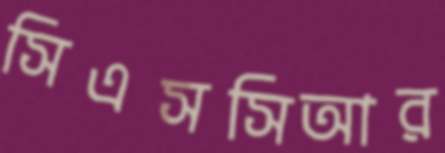
সিএসসিআর